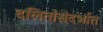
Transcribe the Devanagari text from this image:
दलितांसंदर्भात